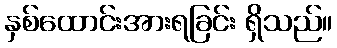
နှစ်ထောင်းအားရခြင်း ရှိသည်။